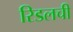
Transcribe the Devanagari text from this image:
रिडलची